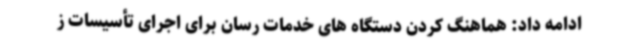
ادامه داد: هماهنگ کردن دستگاه های خدمات رسان برای اجرای تأسیسات ز